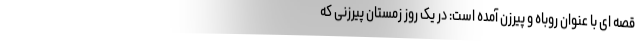
قصه ای با عنوان روباه و پیرزن آمده است: در یک روز زمستان پیرزنی که